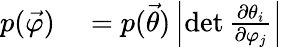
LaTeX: \begin{array}{rl}{p({\vec{\varphi}})}&{{}=p({\vec{\theta}})\left|\operatorname*{det}{\frac{\partial\theta_{i}}{\partial\varphi_{j}}}\right|}\end{array}